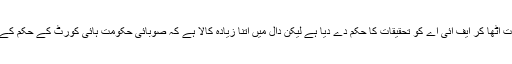
اب پشاور ہائی کورٹ نے ایک درجن سے زائد سوالات اٹھا کر ایف آئی اے کو تحقیقات کا حکم دے دیا ہے لیکن دال میں اتنا زیادہ کالا ہے کہ صوبائی حکومت ہائی کورٹ کے حکم کے خلاف سپریم کورٹ جاکر تحقیقات رکوانا چاہتی ہے۔